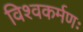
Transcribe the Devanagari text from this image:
विश्वकर्मणः